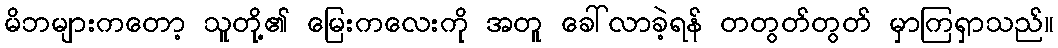
မိဘများကတော့ သူတို့၏ မြေးကလေးကို အတူ ခေါ်လာခဲ့ရန် တတွတ်တွတ် မှာကြရှာသည်။